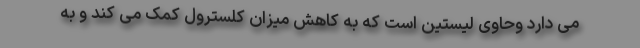
می دارد وحاوی لیستین است که به کاهش میزان کلسترول کمک می کند و به